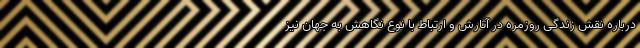
درباره نقش زندگی روزمره در آثارش و ارتباط با نوع نگاهش به جهان نیز